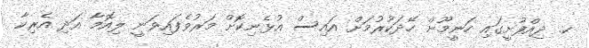
ކ. ދިއްފުށީގައި ހަނީމޫން ހޭދަކުރުމަށް އައިސް އުޅެނިކޮށް މަރުވެފައިވަނީ ލިއޮމާ އަދި އެރިކާ